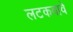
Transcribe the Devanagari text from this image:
लटकवावे